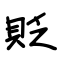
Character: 貶